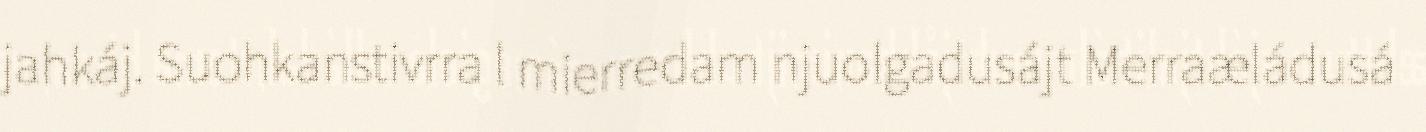
jahkáj. Suohkanstivrra l mierredam njuolgadusájt Merraæládusá